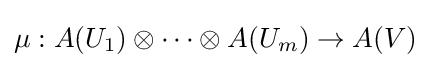
\mu :A(U_{1})\otimes \cdots \otimes A(U_{m})\to A(V)